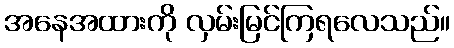
အနေအထားကို လှမ်းမြင်ကြရလေသည်။